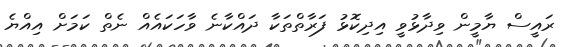
ރައީސް ޔާމީން ވިދާޅުވީ އިދިކޮޅު ފަރާތްތަކާ ދައްކާނެ ވާހަކައެއް ނެތް ކަމަށް އިއްޔެ